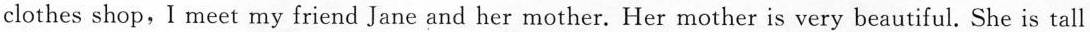
clothes shop,I meet my friend Jane and her mother. Her mother is very beautiful. She is tall